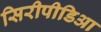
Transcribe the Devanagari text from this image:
सिरीपीडिआ